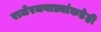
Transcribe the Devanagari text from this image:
राजेरजवाड्यांकडेही